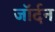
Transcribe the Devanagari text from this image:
जॉर्दन